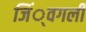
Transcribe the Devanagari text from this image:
जिं्वगली